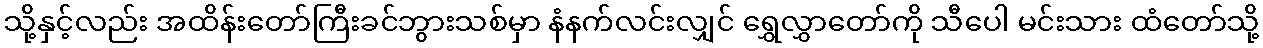
သို့နှင့်လည်း အထိန်းတော်ကြီးခင်ဘွားသစ်မှာ နံနက်လင်းလျှင် ရွှေလွှာတော်ကို သီပေါ မင်းသား ထံတော်သို့